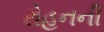
રોહનની